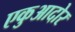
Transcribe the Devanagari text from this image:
एकुआदोर